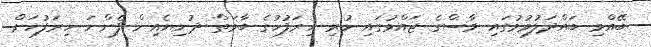
ބޭއްވި ބައްދަލުވުމުގައި މާސްގެ ޖައްވުގައި ހުރި ހިރަފުހުގެ ބާވަތް ދުނިޔެއިން ފެންނަ ހިރަފުހަށް